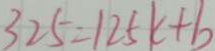
3 2 5 = 1 2 5 k + b